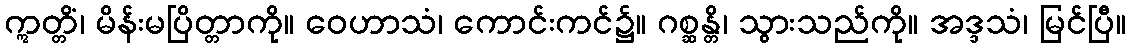
ဣတ္တိံ၊ မိန်းမပြိတ္တာကို။ ဝေဟာသံ၊ ကောင်းကင်၌။ ဂစ္ဆန္တိ၊ သွားသည်ကို။ အဒ္ဒသံ၊ မြင်ပြီ။